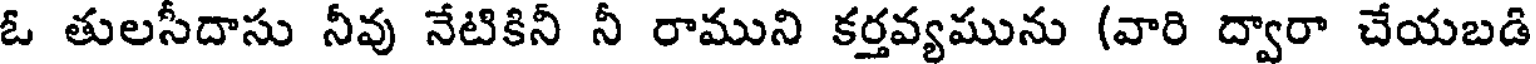
ఓ తులసీదాసు నీవు నేటికినీ నీ రాముని కర్తవ్యమును (వారి ద్వారా చేయబడి